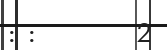
: :        2